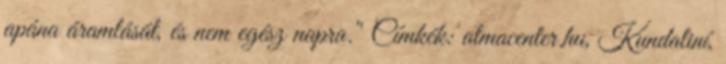
apána áramlását, és nem egész napra." Címkék: atmacenter.hu, Kundaliní,